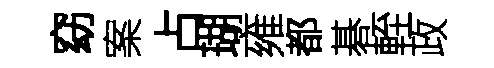
窈案占瑚雍都碁輊政